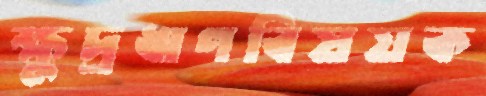
ক্ষুদ্রঋণবিষয়ক